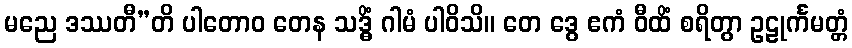
မညေ ဒဿတီ”တိ ပါတောဝ တေန သဒ္ဓိံ ဂါမံ ပါဝိသိ။ တေ ဒွေ ဧကံ ဝီထိံ စရိတွာ ဥဠုင်္ကမတ္တံ